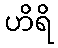
ဟိရိ